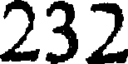
232